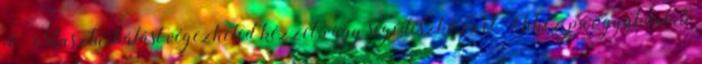
jó. Maszturbálást végezheted kézzel, vagy segédeszközzel. Ehhez pár gyakorlati